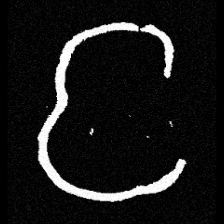
Pyu character \u2014 Myanmar letter: င (romanized: nga)